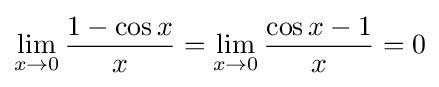
\lim _{x\to 0}{\frac {1-\cos x}{x}}=\lim _{x\to 0}{\frac {\cos x-1}{x}}=0